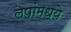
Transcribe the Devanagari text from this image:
लेपांमध्ये